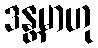
ဒန္တမာဟု